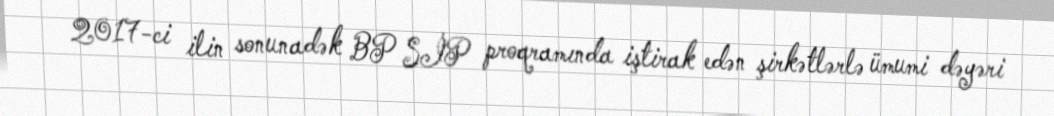
2017-ci ilin sonunadək BP SİP proqramında iştirak edən şirkətlərlə ümumi dəyəri